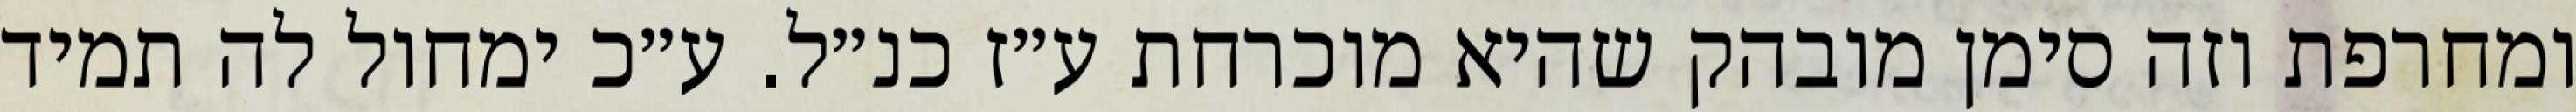
ומחרפת וזה סימן מובהק שהיא מוכרחת ע״ז כנ״ל. ע״כ ימחול לה תמיד